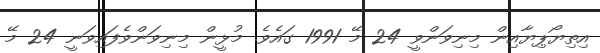
އިތިޔޯޕިޔާއިން މިނިވަންވީ 24 މޭ 1991 ގައެވެ. މުޅީން މިނިވަންވެފައިވަނީ 24 މޭ